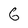
Character: 6